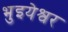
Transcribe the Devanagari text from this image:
भुइयेश्वर